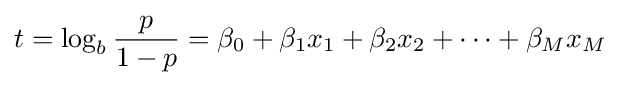
t=\log _{b}{\frac {p}{1-p}}=\beta _{0}+\beta _{1}x_{1}+\beta _{2}x_{2}+\cdots +\beta _{M}x_{M}